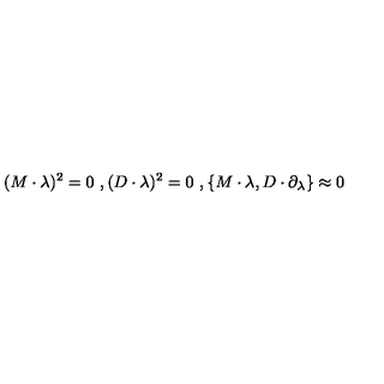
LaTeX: ( M \cdot \lambda ) ^ { 2 } = 0 \ , ( D \cdot \lambda ) ^ { 2 } = 0 \ , \{ M \cdot \lambda , D \cdot \partial _ { \lambda } \} \approx 0